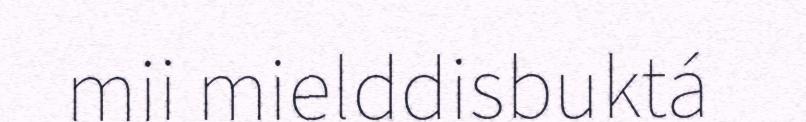
mii mielddisbuktá